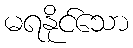
မရနိုင်သော